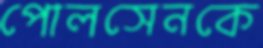
পোলসেনকে